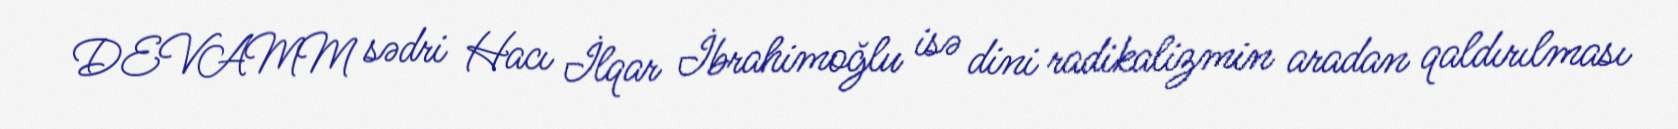
DEVAMM sədri Hacı İlqar İbrahimoğlu isə dini radikalizmin aradan qaldırılması